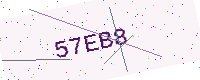
Text: 57EB8